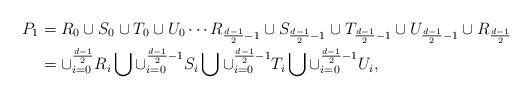
LaTeX: \begin{align*}P_1& =R_0\cup S_0\cup T_0 \cup U_0\cdots R_{\frac{d-1}{2}-1}\cup S_{\frac{d-1}{2}-1}\cup T_{\frac{d-1}{2}-1} \cup U_{\frac{d-1}{2}-1} \cup R_{\frac{d-1}{2}}\\&= \cup_{i=0}^{\frac{d-1}{2}}R_i\bigcup \cup_{i=0}^{\frac{d-1}{2}-1}S_i \bigcup \cup_{i=0}^{\frac{d-1}{2}-1}T_i\bigcup \cup_{i=0}^{\frac{d-1}{2}-1}U_i,\end{align*}